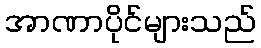
အာဏာပိုင်များသည်